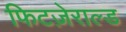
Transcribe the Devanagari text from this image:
फिटज़ेराल्ड